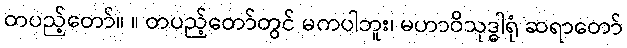
တပည့်တော်။ ။ တပည့်တော်တွင် မကပါဘူး၊ မဟာဝိသုဒ္ဓါရုံ ဆရာတော်